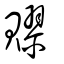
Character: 賿